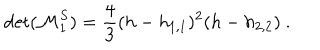
\det ( { \cal M } _ { 1 } ^ { S } ) = { \frac { 4 } { 3 } } ( h - h _ { 1 , 1 } ) ^ { 2 } ( h - h _ { 2 , 2 } ) { } ~ .